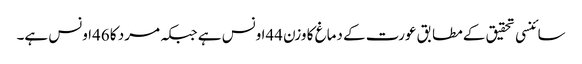
سائنسی تحقیق کے مطابق عورت کے دماغ کا وزن 44اونس ہے جبکہ مرد کا 46اونس ہے۔